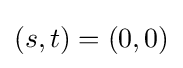
(s,t)=(0,0)